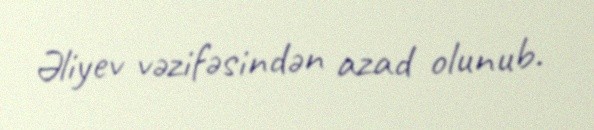
Əliyev vəzifəsindən azad olunub.